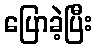
ပြောခဲ့ပြီး